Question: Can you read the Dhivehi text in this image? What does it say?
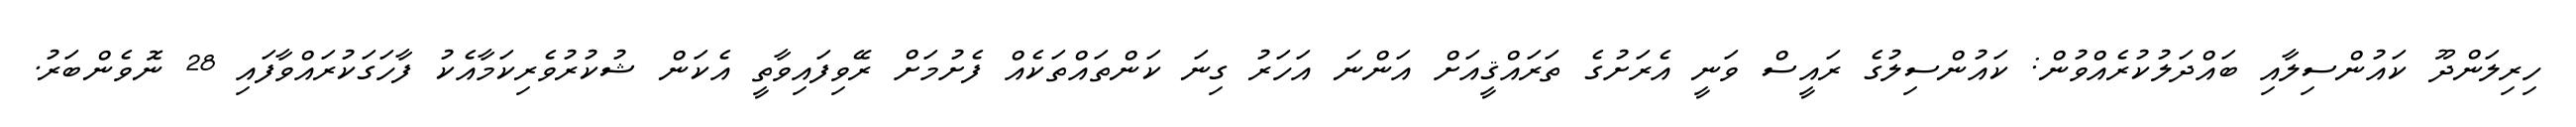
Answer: ހިރިލަންދޫ ކައުންސިލާއި ބައްދަލުކުރެއްވުން: ކައުންސިލުގެ ރައީސް ވަނީ އެރަށުގެ ތަރައްޤީއަށް އަންނަ އަހަރު ގިނަ ކަންތައްތަކެއް ފެށުމަށް ރޭވިފައިވާތީ އެކަން ޝުކުރުވެރިކަމާއެކު ފާހަގަކުރައްވާފައި 28 ނޮވެންބަރު.